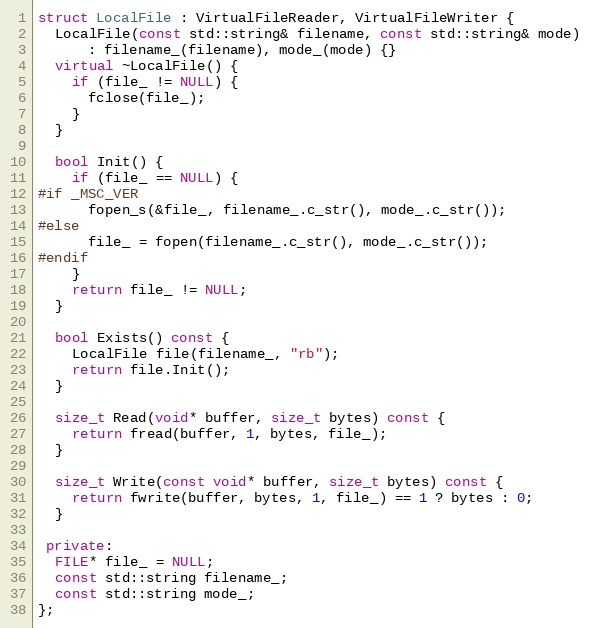
Language: C++
struct LocalFile : VirtualFileReader, VirtualFileWriter {
  LocalFile(const std::string& filename, const std::string& mode)
      : filename_(filename), mode_(mode) {}
  virtual ~LocalFile() {
    if (file_ != NULL) {
      fclose(file_);
    }
  }

  bool Init() {
    if (file_ == NULL) {
#if _MSC_VER
      fopen_s(&file_, filename_.c_str(), mode_.c_str());
#else
      file_ = fopen(filename_.c_str(), mode_.c_str());
#endif
    }
    return file_ != NULL;
  }

  bool Exists() const {
    LocalFile file(filename_, "rb");
    return file.Init();
  }

  size_t Read(void* buffer, size_t bytes) const {
    return fread(buffer, 1, bytes, file_);
  }

  size_t Write(const void* buffer, size_t bytes) const {
    return fwrite(buffer, bytes, 1, file_) == 1 ? bytes : 0;
  }

 private:
  FILE* file_ = NULL;
  const std::string filename_;
  const std::string mode_;
};